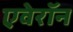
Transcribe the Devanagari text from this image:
एवेरॉन